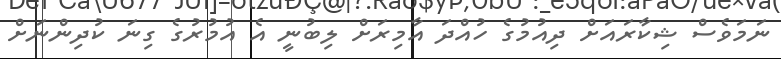
ނަމަވެސް ޝިކާރައަށް ދިއުމުގެ ހުއްދަ އާމިރަށް ލިބުނީ އެ އުމުރުގެ ގިނަ ކުދިންނަށް